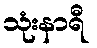
သုံးနာရီ